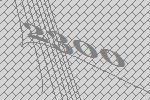
2300